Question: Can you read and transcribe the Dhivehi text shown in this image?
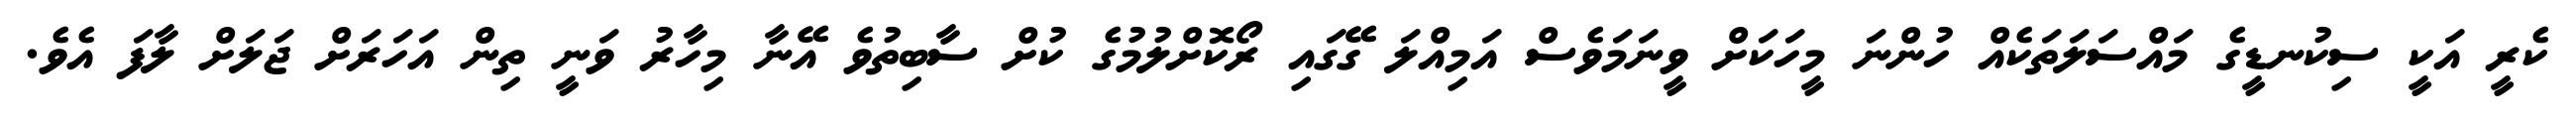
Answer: ކެރީ އަކީ ސިކުނޑީގެ މައްސަލަތަކެއް ހުންނަ މީހަކަށް ވީނަމަވެސް އަމިއްލަ ގޭގައި ރޯކޮށްލުމުގެ ކުށް ސާބިތުވެ އޭނާ މިހާރު ވަނީ ތިން އަހަރަށް ޖަލަށް ލާފަ އެވެ.